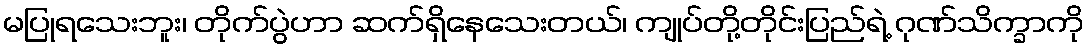
မပြုရသေးဘူး၊ တိုက်ပွဲဟာ ဆက်ရှိနေသေးတယ်၊ ကျုပ်တို့တိုင်းပြည်ရဲ့ ဂုဏ်သိက္ခာကို